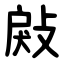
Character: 㪐